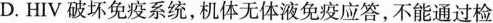
D.HIV破坏免疫系统，机体无体液免疫应答，不能通过检